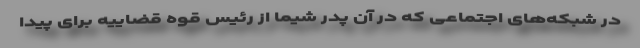
در شبکه‌های اجتماعی که در آن پدر شیما از رئیس قوه قضاییه برای پیدا